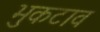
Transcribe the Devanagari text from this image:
भुकटाव